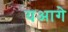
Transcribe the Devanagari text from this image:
यआगे